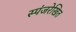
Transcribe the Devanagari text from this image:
स्पंजरेखित